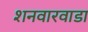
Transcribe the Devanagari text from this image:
शनवारवाडा